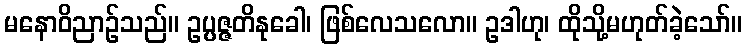
မနောဝိညာဉ်သည်။ ဥပ္ပဇ္ဇတိနုခေါ၊ ဖြစ်လေသလော။ ဥဒါဟု၊ ထိုသို့မဟုတ်ခဲ့သော်။